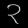
Digit: ၃